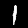
Label: 1